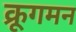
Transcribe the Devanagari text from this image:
क्रूगमन